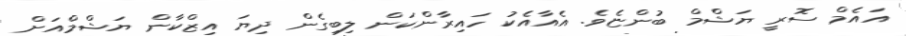
އައެމް ސޮރީ ޔަޝްމް ބުންޏެވެ. އެއާއެކު ހައިރާންކަން ލިބިގެން ދިޔަ އިޒްކާން ޔަޝްމްއަށް